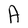
Character: A